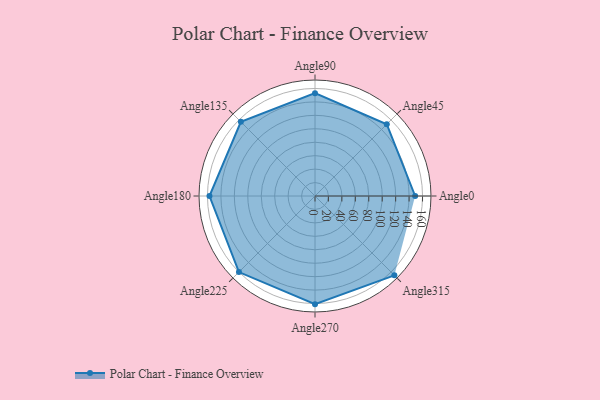
{"axis": {"x": "Angle", "y": "Radius"}, "legend": [""], "data": [{"x": "Angle0", "y": 149.0, "type": ""}, {"x": "Angle45", "y": 151.0, "type": ""}, {"x": "Angle90", "y": 153.0, "type": ""}, {"x": "Angle135", "y": 156.0, "type": ""}, {"x": "Angle180", "y": 157.0, "type": ""}, {"x": "Angle225", "y": 160.0, "type": ""}, {"x": "Angle270", "y": 161.0, "type": ""}, {"x": "Angle315", "y": 167.0, "type": ""}]}